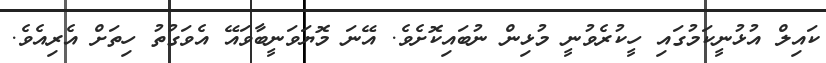
ކައިލް އުޅުނީކަމުގައި ހީކުރެވުނީ މުޅިން ނުބައިކޮށެވެ. އޭނަ މޮޔަވަނީބާވައޭ އެވަގުތު ހިތަށް އެރިއެވެ.